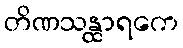
တိဏသန္ထာရကေ